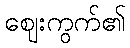
ဈေးကွက်၏